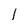
Character: 1